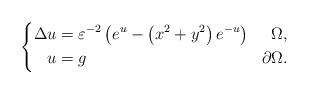
LaTeX: \begin{align*}\left\{\begin{aligned}\Delta u &=\varepsilon^{-2}\left(e^{u}-\left(x^{2}+y^{2}\right) e^{-u}\right) & \Omega,\\u&=g & \partial \Omega.\end{aligned}\right.\end{align*}